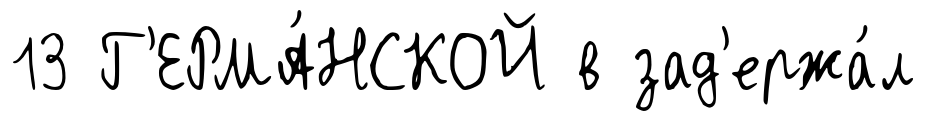
13 Г'ЕРМА́НСКОЙ в зад'ержа́л